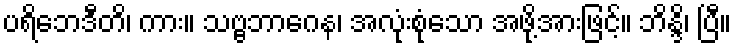
ပရိဘေဒီတိ၊ ကား။ သဗ္ဗဘာဂေန၊ အလုံးစုံသော အဖို့အားဖြင့်။ ဘိန္ဒိ၊ ပြီ။